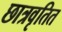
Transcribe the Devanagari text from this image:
छात्रवृतित